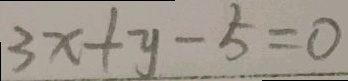
3 x + y - 5 = 0